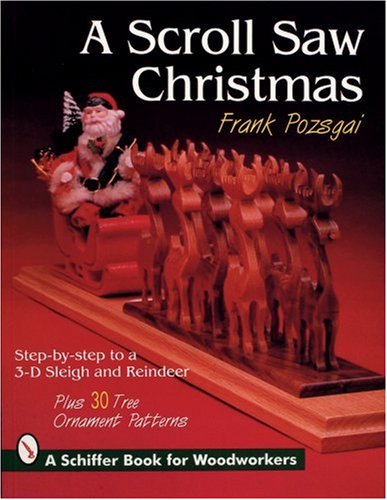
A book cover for A Scroll Saw Christmas: Step-By-Step Techniques With 30 Ornament Patterns (Schiffer Book for Woodworkers); Frank Pozsgai; Crafts, Hobbies & Home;